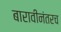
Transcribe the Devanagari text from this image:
बारावीनंतरच